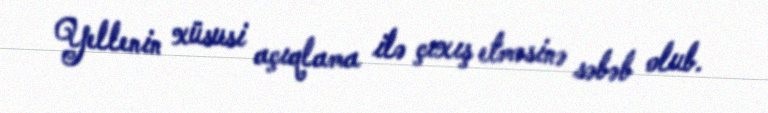
Yellenin xüsusi açıqlama ilə çıxış etməsinə səbəb olub.